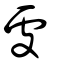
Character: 處